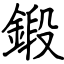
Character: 鍛